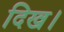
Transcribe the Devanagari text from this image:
दिख।